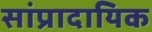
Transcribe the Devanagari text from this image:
सांप्रादायिक